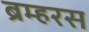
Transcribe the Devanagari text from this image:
ब्रम्हरस